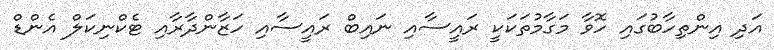
އަދި އިންތިހާބުގައި ހޮވާ މަގާމުތަކަކީ ރައީސާއި ނައިބް ރައީސާއި ހަޒާންދާރާއި ޓެކްނިކަލް އެންޑް